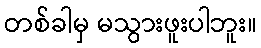
တစ်ခါမှ မသွားဖူးပါဘူး။